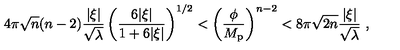
4 \pi \sqrt n ( n - 2 ) { \frac { | \xi | } { \sqrt \lambda } } \left( { \frac { 6 | \xi | } { 1 + 6 | \xi | } } \right) ^ { 1 / 2 } < \left( { \frac { \phi } { M _ { \mathrm { p } } } } \right) ^ { n - 2 } < 8 \pi \sqrt { 2 n } { \frac { | \xi | } { \sqrt \lambda } } \ ,